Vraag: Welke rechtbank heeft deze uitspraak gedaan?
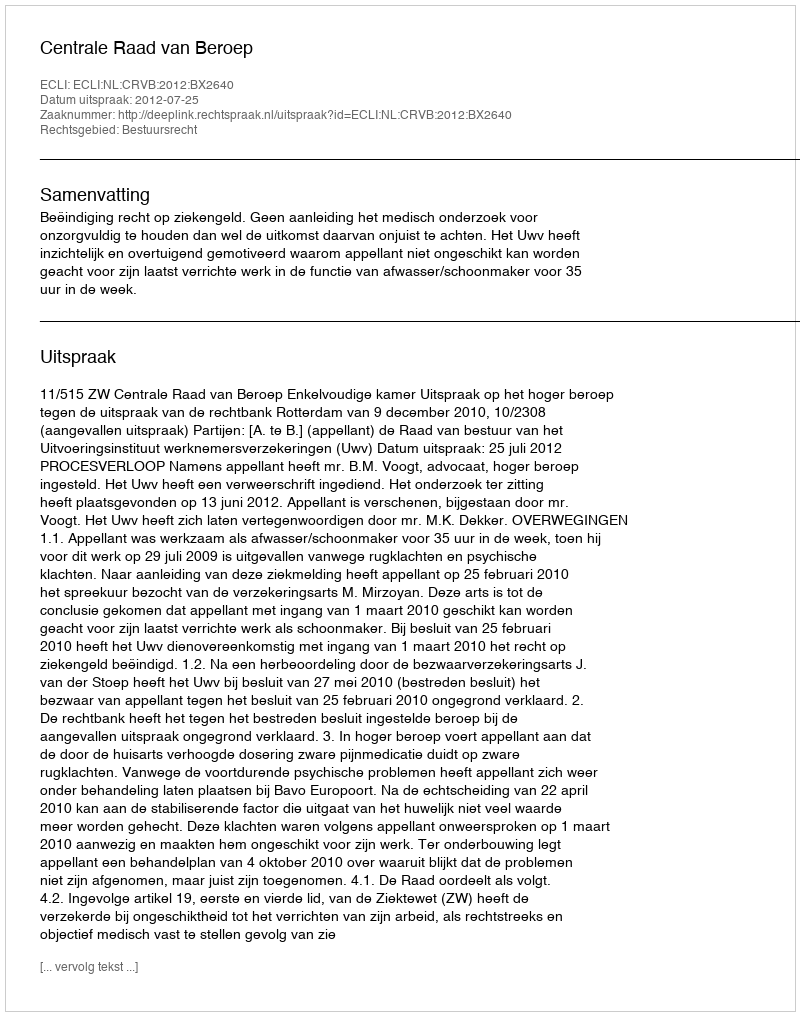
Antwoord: Centrale Raad van Beroep